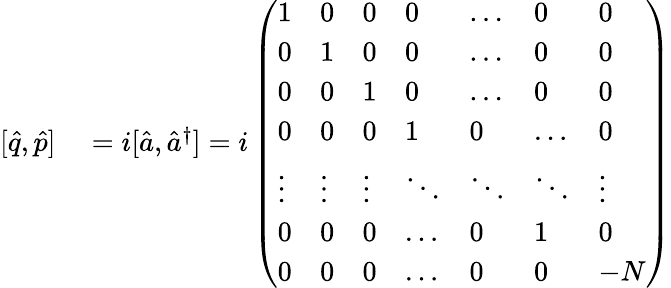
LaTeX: \begin{array}{rl}{[\hat{q},\hat{p}]}&{{}=i[\hat{a},\hat{a}^{\dagger}]=i\left(\begin{array}{lllllll}{1}&{0}&{0}&{0}&{\dots}&{0}&{0}\\ {0}&{1}&{0}&{0}&{\dots}&{0}&{0}\\ {0}&{0}&{1}&{0}&{\dots}&{0}&{0}\\ {0}&{0}&{0}&{1}&{0}&{\dots}&{0}\\ {\vdots}&{\vdots}&{\vdots}&{\ddots}&{\ddots}&{\ddots}&{\vdots}\\ {0}&{0}&{0}&{\dots}&{0}&{1}&{0}\\ {0}&{0}&{0}&{\dots}&{0}&{0}&{-N}\end{array}\right)}\end{array}